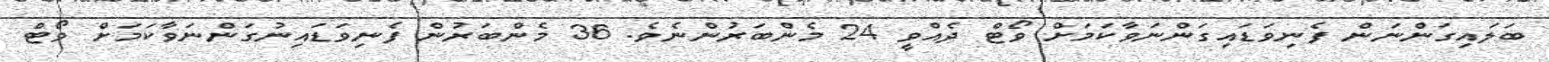
ބަލައިގަންނަން ފެނިވަޑައިގަންނަވާކަމަށް ވޯޓް ދެއްވީ 24 މެންބަރުންނެވެ. 36 މެންބަރުން ފެނިވަޑައިނުގަންނަވާކަމަށް ވޯޓް